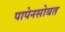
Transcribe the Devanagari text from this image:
पापेनसोबत